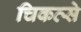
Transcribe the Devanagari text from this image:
चिकत्से